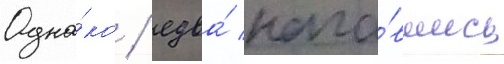
Одна́ко / едва́ нача́вшись